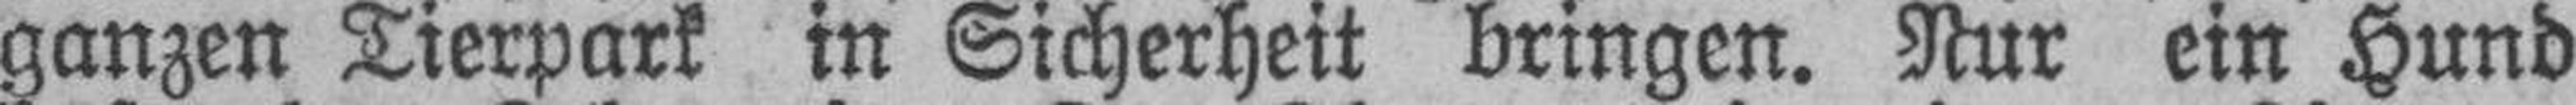
ganzen Tierpark in Sicherheit bringen. Nur ein Hund